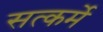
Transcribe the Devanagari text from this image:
सत्कर्मे